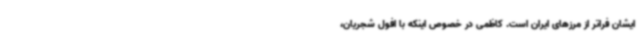
ایشان فراتر از مرزهای ایران است. کاظمی در خصوص اینکه با افول شجریان،